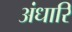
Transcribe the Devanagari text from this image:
अंधारि